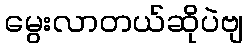
မွေးလာတယ်ဆိုပဲဗျ